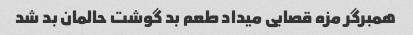
همبرگر مزه قصابی میداد طعم بد گوشت حالمان بد شد